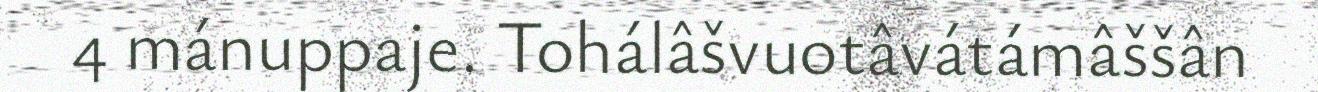
4 mánuppaje. Tohálâšvuotâvátámâššân